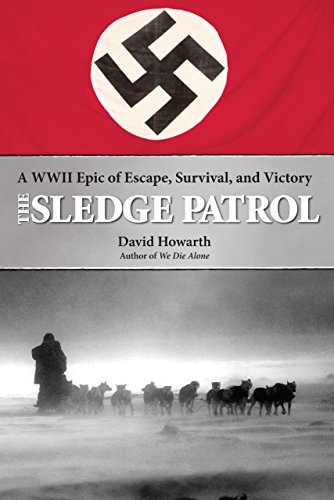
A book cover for Sledge Patrol: A WWII Epic Of Escape, Survival, And Victory; David Howarth; History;